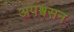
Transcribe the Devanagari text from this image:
अपश्वसन